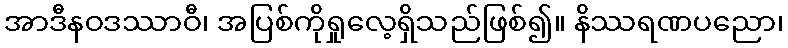
အာဒီနဝဒဿာဝီ၊ အပြစ်ကိုရှုလေ့ရှိသည်ဖြစ်၍။ နိဿရဏပညော၊